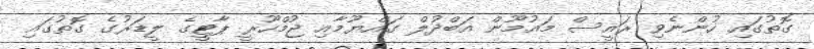
ގޮތުގައި ހުންނެވި ރައީސް މައުމޫން އަބްދުލް ގައްޔޫމާއި ޖުމްހޫރީ ޕާޓީގެ ލީޑަރުގެ ގޮތުގައި